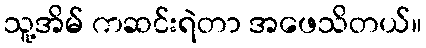
သူ့အိမ် ကဆင်းရဲတာ အဖေသိတယ်။